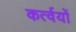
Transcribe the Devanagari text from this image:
कर्त्वयों